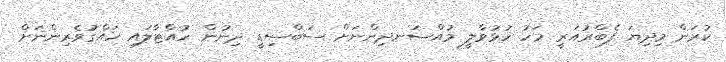
ކުރަން މިދިޔަ ފެބްރުއަރީ މަހު ހުޅުވާލީ މުއްސަނދިންނަށް ސަބްސިޑީ ދިނުން ހުއްޓާލައި ހައްގުވެރިންނަށް